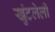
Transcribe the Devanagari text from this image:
खुंटलेली